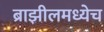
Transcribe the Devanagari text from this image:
ब्राझीलमध्येच